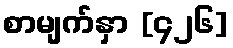
စာမျက်နှာ [၄၂၆]